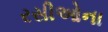
રસીઓના